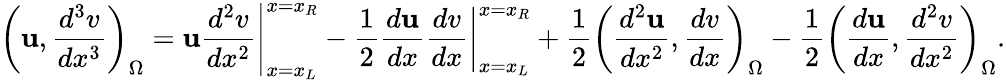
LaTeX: \left(\mathbf{u},\frac{{d^{3}v}}{{dx^{3}}}\right)_{\Omega}=\left.\mathbf{u}\frac{{d^{2}v}}{{dx^{2}}}\right|_{x=x_{L}}^{x=x_{R}}-\frac{{1}}{{2}}\left.\frac{{d\mathbf{u}}}{{dx}}\frac{{dv}}{{dx}}\right|_{x=x_{L}}^{x=x_{R}}+\frac{{1}}{{2}}\left(\frac{{d^{2}\mathbf{u}}}{{dx^{2}}},\frac{{dv}}{{dx}}\right)_{\Omega}-\frac{{1}}{{2}}\left(\frac{{d\mathbf{u}}}{{dx}},\frac{{d^{2}v}}{{dx^{2}}}\right)_{\Omega}.